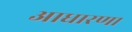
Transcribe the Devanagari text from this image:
आधारणा